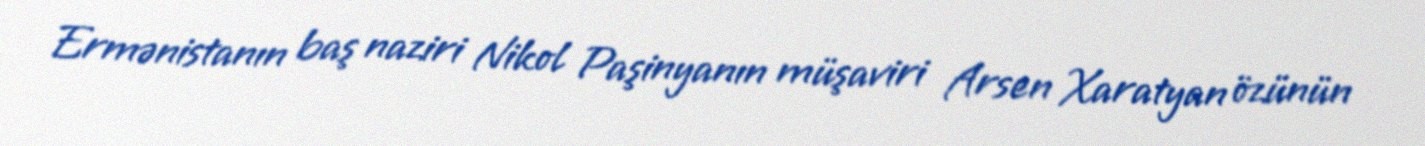
Ermənistanın baş naziri Nikol Paşinyanın müşaviri Arsen Xaratyan özünün